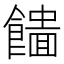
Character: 𩞮